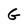
Character: G